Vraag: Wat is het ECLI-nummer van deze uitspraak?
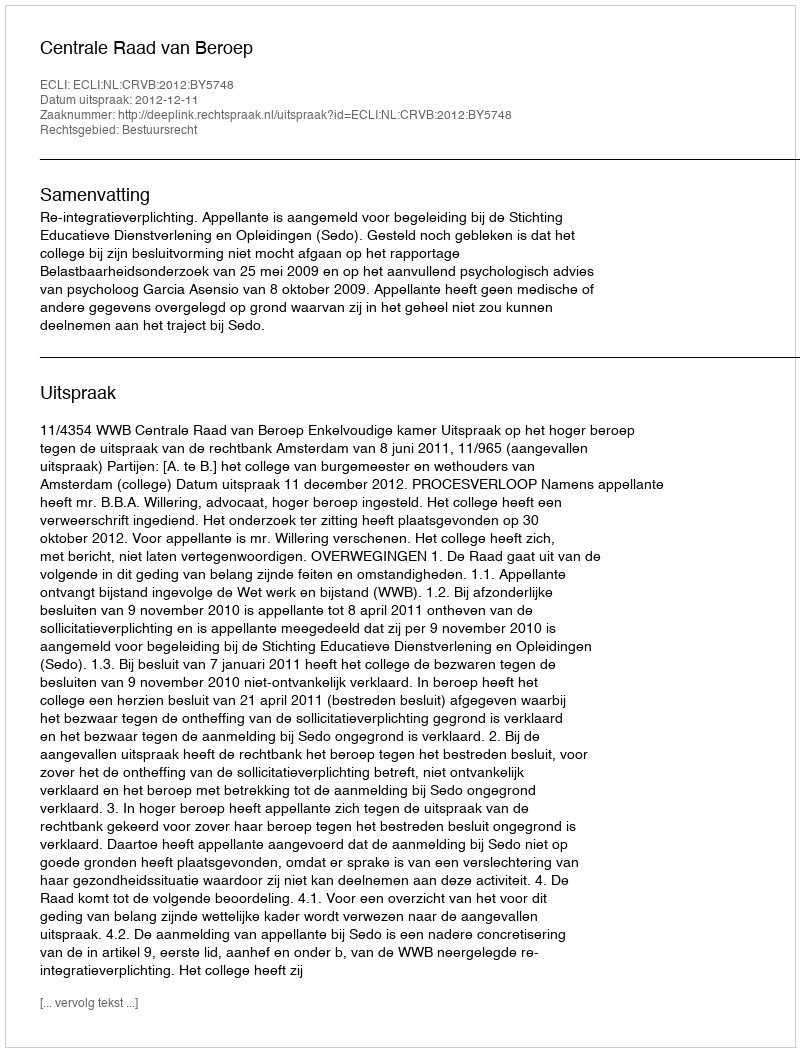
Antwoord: ECLI:NL:CRVB:2012:BY5748